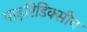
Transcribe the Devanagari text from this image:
पाइरिडिक्सीन